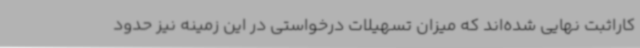
کاراثبت نهایی شده‌اند که میزان تسهیلات درخواستی در این زمینه نیز حدود